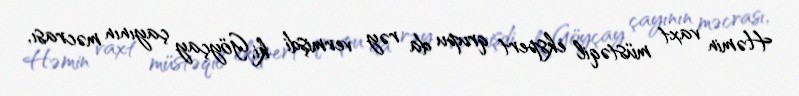
Həmin vaxt müstəqil ekspert qrupu da rəy vermişdi ki, Göyçay çayının məcrası,